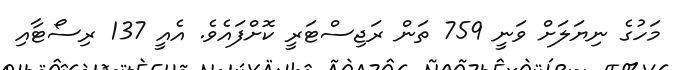
މަހުގެ ނިޔަލަށް ވަނީ 759 ތަން ރަޖިސްޓަރީ ކޮށްފައެވެ. އެއީ 137 ރިސޯޓާއި